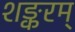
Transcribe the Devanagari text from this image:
शङ्करम्